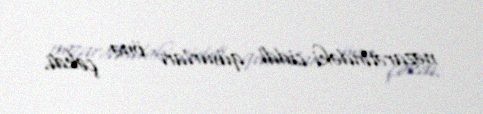
nəzarətindəki ciddi qüsurları önə çəkdi.